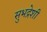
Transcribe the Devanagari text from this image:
सुभद्रेशी